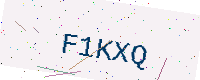
Text: F1KXQ